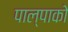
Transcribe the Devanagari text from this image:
पाल्पाको